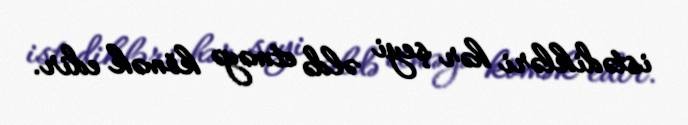
istədikləri hər şeyi əldə etməyə kömək edir.